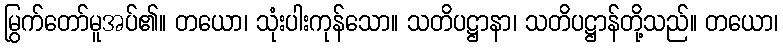
မြွက်တော်မူအပ်၏။ တယော၊ သုံးပါးကုန်သော။ သတိပဋ္ဌာနာ၊ သတိပဋ္ဌာန်တို့သည်။ တယော၊